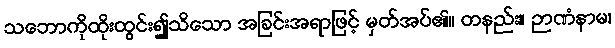
သဘောကိုထိုးထွင်း၍သိသော အခြင်းအရာဖြင့် မှတ်အပ်၏။ တနည်း။ ဉာဏံနာမ၊